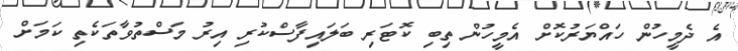
އެ ދެމީހުން ހައްޔަރުކޮށް އެމީހުން ތިބި ކޮޓަރި ބަލައިފާސްކުރި އިރު މަސްތުވާތަކެތި ކަމަށް